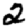
Digit: 2